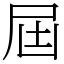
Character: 屆